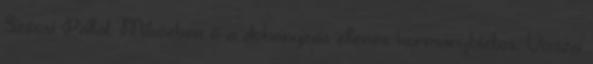
Szécsi Pállal. Miközben ő a dohányzás ellenes kormánybiztos. Vissza